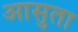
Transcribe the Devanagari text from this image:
आसुता